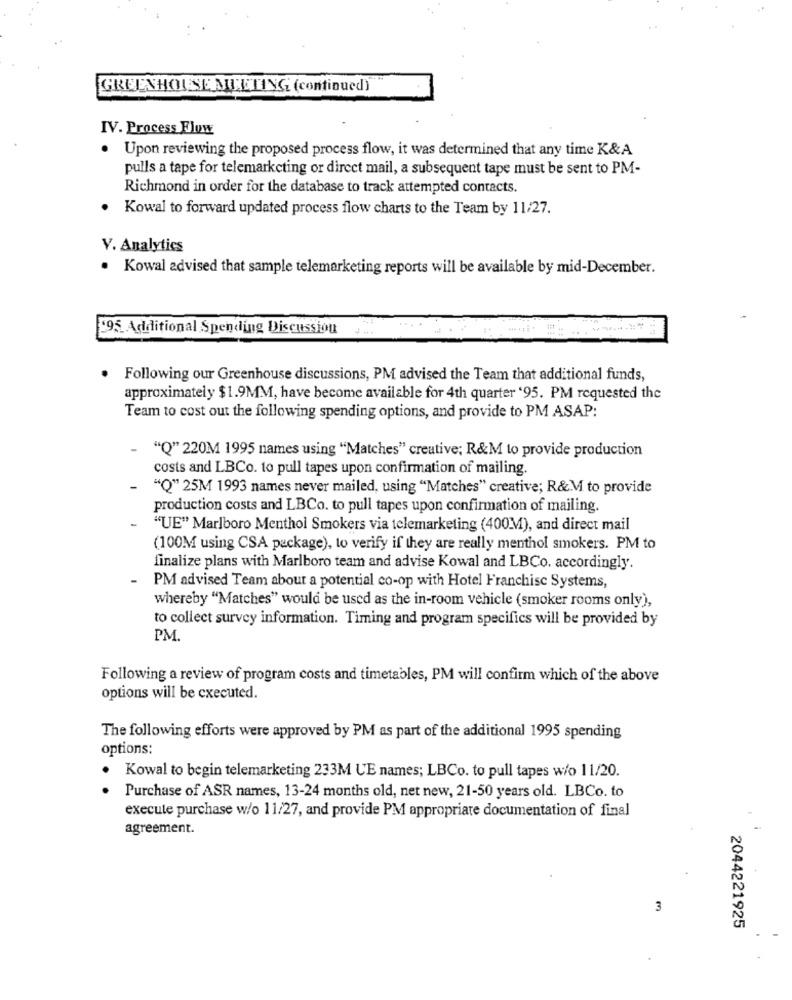
GREENHOUSE MEETING (continued)
IV. Process Flow
. Upon reviewing the proposed process flow, it was determined that any time K&A
pulls a tape for telemarketing or direct mail, a subsequent tape must be sent to PM-
Richmond in order for the database to track attempted contacts.
Kowal to forward updated process flow charts to the Team by 11/27.
V. Analytics
· Kowal advised that sample telemarketing reports will be available by mid-December.
195 Additional Spending Discussion
. Following our Greenhouse discussions, PM advised the Team that additional funds,
approximately $1.9MM, have become available for 4th quarter '95. PM requested the
Team to cost out the following spending options, and provide to PM ASAP:
"Q" 220M 1995 names using "Matches" creative; R&M to provide production
costs and LBCo. to pull tapes upon confirmation of mailing.
"Q" 25M 1993 names never mailed, using "Matches" creative; R&M to provide
production costs and LBCo. to pull tapes upon confirmation of mailing.
"UE" Marlboro Menthol Smokers via telemarketing (400M), and direct mail
(100M using CSA package), to verify if they are really menthol smokers. PM to
finalize plans with Marlboro team and advise Kowal and LBCo. accordingly.
- PM advised Team about a potential co-op with Hotel Franchise Systems,
whereby "Matches" would be used as the in-room vehicle (smoker rooms only),
to collect survey information. Timing and program specifics will be provided by
PM.
Following a review of program costs and timetables, PM will confirm which of the above
options will be cxecuted.
The following efforts were approved by PM as part of the additional 1995 spending
options:
Kowal to begin telemarketing 233M UE names; LBCo. to pull tapes w/o 11/20.
Purchase of ASR names, 13-24 months old, net new, 21-50 years old. LBCo. to
execute purchase w/o 11/27, and provide PM appropriate documentation of final
agreement.
3
2044221925